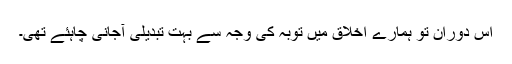
اس دوران تو ہمارے اخلاق میں توبہ کی وجہ سے بہت تبدیلی آجانی چاہئے تھی۔